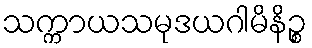
သက္ကာယသမုဒယဂါမိနိဉ္စ